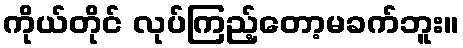
ကိုယ်တိုင် လုပ်ကြည့်တော့မခက်ဘူး။